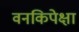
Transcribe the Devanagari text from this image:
वनकिपेक्षा